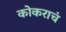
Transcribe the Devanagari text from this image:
कोकराचं